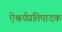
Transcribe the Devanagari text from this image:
ऐश्वर्यप्रतिपादक